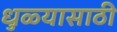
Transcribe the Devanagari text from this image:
धुळ्यासाठी